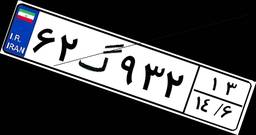
۶۲گ۹۳۲۱۳